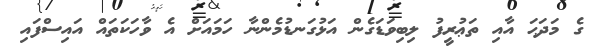
ގެ މަދަޙަ އާއި ތަޢުރީފު ލިބިވަޑަގެން އަޅުގަނޑުމެންނާ ހަމައަށް އެ ވާހަކަތައް އައިސްފައި